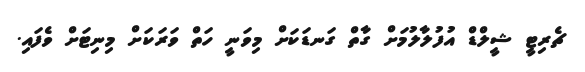
ޗެރިޓީ ޝީލްޑް އުފުލާލުމަށް ގާތް ގަނޑަކަށް މިވަނީ ހަތް ވަރަކަށް މިނިޓަށް ވެފައި.